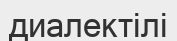
диалектілі